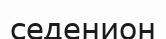
седенион